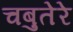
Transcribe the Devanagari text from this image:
चबुतेरे